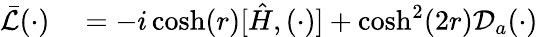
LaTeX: \begin{array}{rl}{\bar{\mathcal L}(\cdot)}&{{}=-i\cosh(r)[\hat{H},(\cdot)]+\cosh^{2}(2r)\mathcal D_{a}(\cdot)}\end{array}